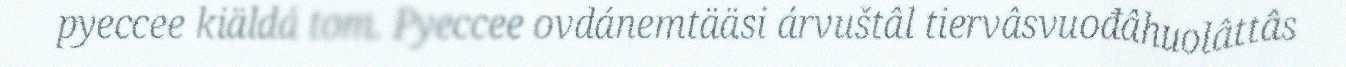
pyeccee kiäldá tom. Pyeccee ovdánemtääsi árvuštâl tiervâsvuođâhuolâttâs